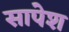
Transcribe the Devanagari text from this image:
सापेश